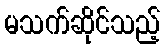
မသက်ဆိုင်သည့်